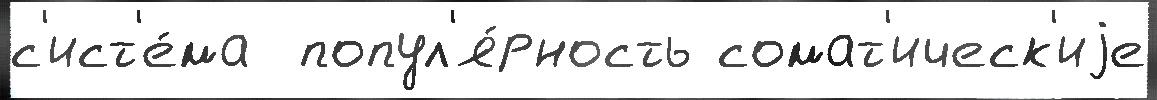
с'ист'е́ма  попул'я́рность сомат'ическ'иjе